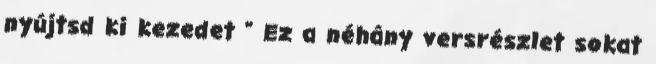
nyújtsd ki kezedet " Ez a néhány versrészlet sokat